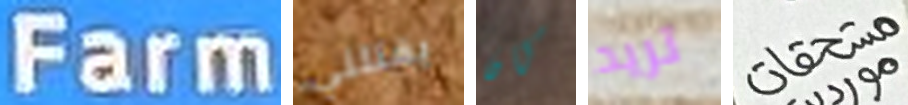
Farm يقتلني كان تريد مستحقات